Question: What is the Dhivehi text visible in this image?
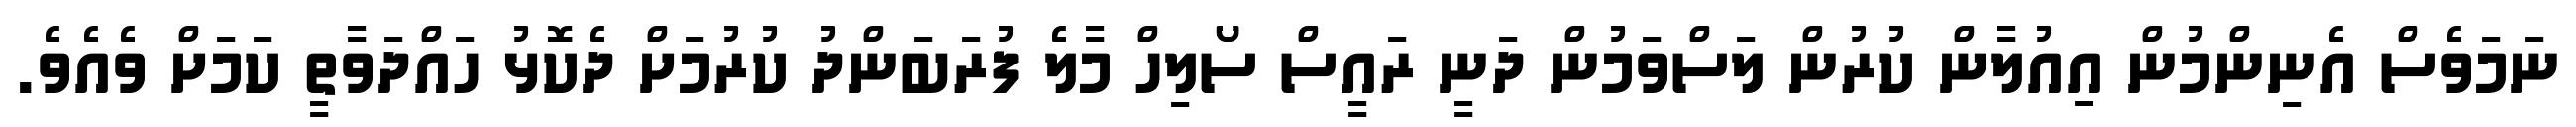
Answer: ނަމަވެސް އެނިންމުން އިއުލާން ކުރުން ލަސްވަމުން ދަނީ ރައީސް ސޯލިހް މާލެ ފުރަބަންދު ކުރުމަށް ދެކޮޅު ހައްދަވާތީ ކަމަށް ވެއެވެ.